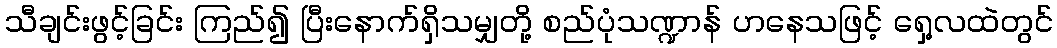
သီချင်းဖွင့်ခြင်း ကြည်၍ ပြီးနောက်ရှိသမျှတို့ စည်ပုံသဏ္ဍာန် ဟနေသဖြင့် ရှေ့လထဲတွင်